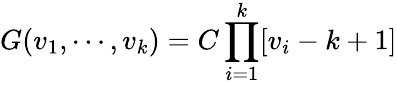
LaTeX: G(v_{1},\cdots,v_{k})=C\prod_{i=1}^{k}[v_{i}-k+1]